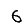
Digit: 6